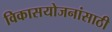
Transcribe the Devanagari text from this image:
विकासयोजनांसाठी